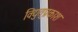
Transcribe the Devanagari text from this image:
विद्युत्‌प्रकाश